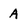
Character: A